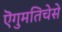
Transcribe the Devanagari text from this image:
ऎगुमतिचेसे